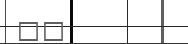
٨٧